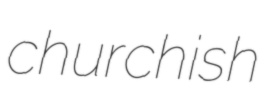
churchish